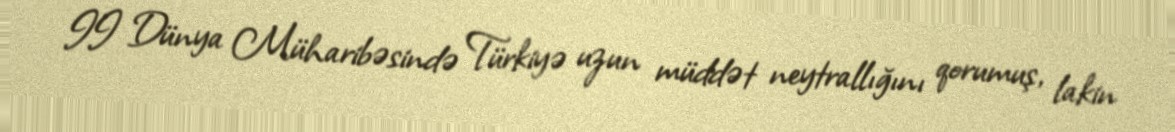
II Dünya Müharibəsində Türkiyə uzun müddət neytrallığını qorumuş, lakin